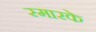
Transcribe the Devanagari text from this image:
स्‍मारके